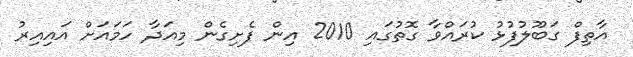
އާތިފް ގަބޫލުފުޅު ކުރައްވާ ގޮތުގައި 2010 އިން ފެށިގެން މިއަދާ ހަމައަށް އައިއިރު